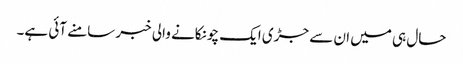
حال ہی میں ان سے جڑی ایک چونکانے والی خبر سامنے آئی ہے۔